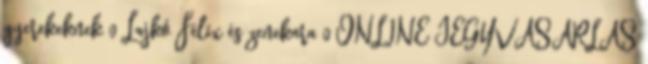
gyerekeknek 0 Lajkó Félix és zenekara 0 ONLINE JEGYVÁSÁRLÁS